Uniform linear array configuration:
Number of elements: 12
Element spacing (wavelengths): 0.75
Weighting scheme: exponential
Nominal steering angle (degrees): -45
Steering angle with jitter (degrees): -44.35
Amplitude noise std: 0.05
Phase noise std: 0.05

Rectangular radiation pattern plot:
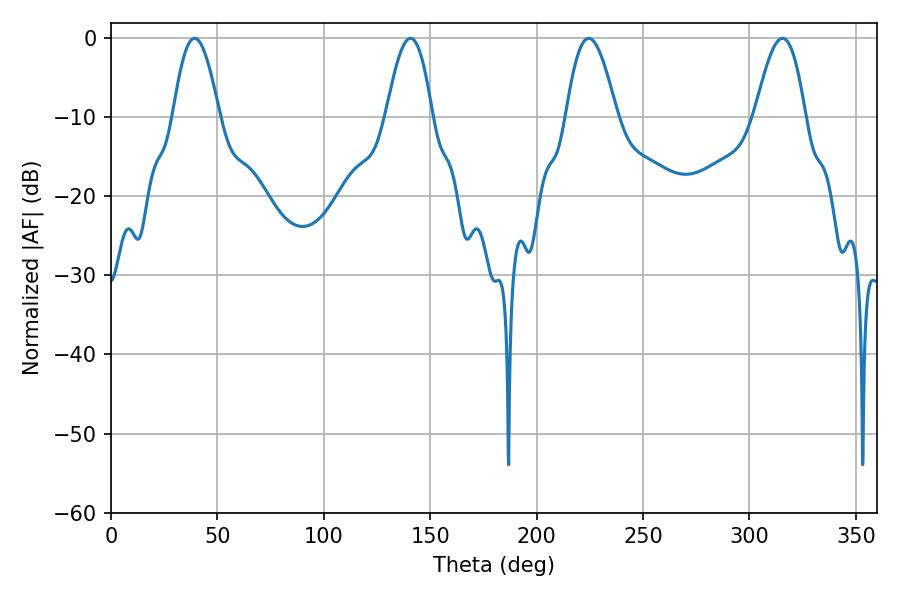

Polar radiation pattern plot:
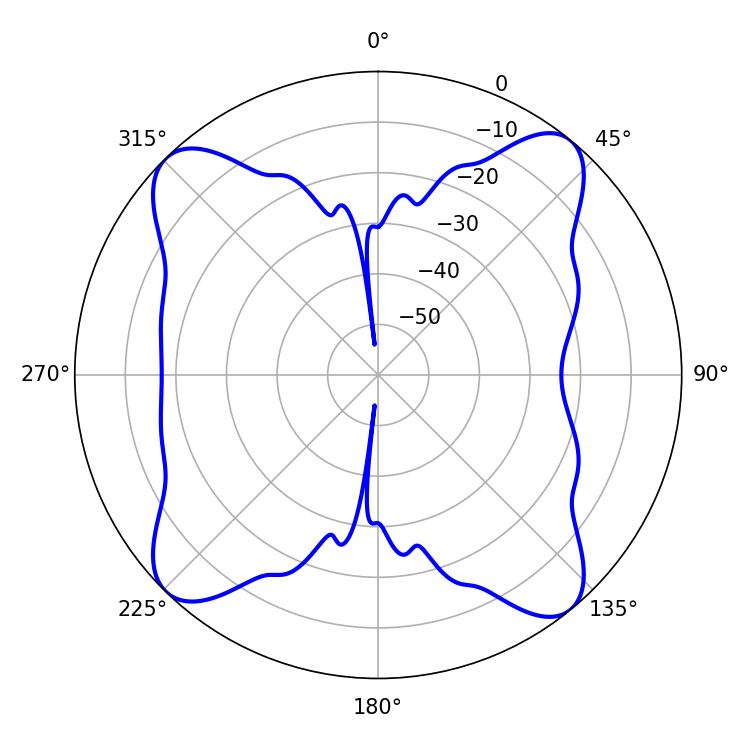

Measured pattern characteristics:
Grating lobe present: TRUE
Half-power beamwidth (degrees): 12.78
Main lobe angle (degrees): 224.46